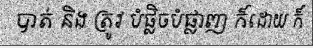
បាត់ និង ត្រូវ បំផ្លិចបំផ្លាញ ក៏ដោយ ក៏